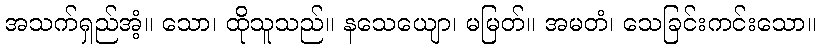
အသက်ရှည်အံ့။ သော၊ ထိုသူသည်။ နသေယျော၊ မမြတ်။ အမတံ၊ သေခြင်းကင်းသော။